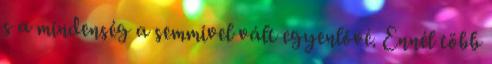
s a mindenség a semmivel vált egyenlővé. Ennél több